Civil Veterinary Department Bihar reports 1940-50 - 1940-1950
Year: 1940
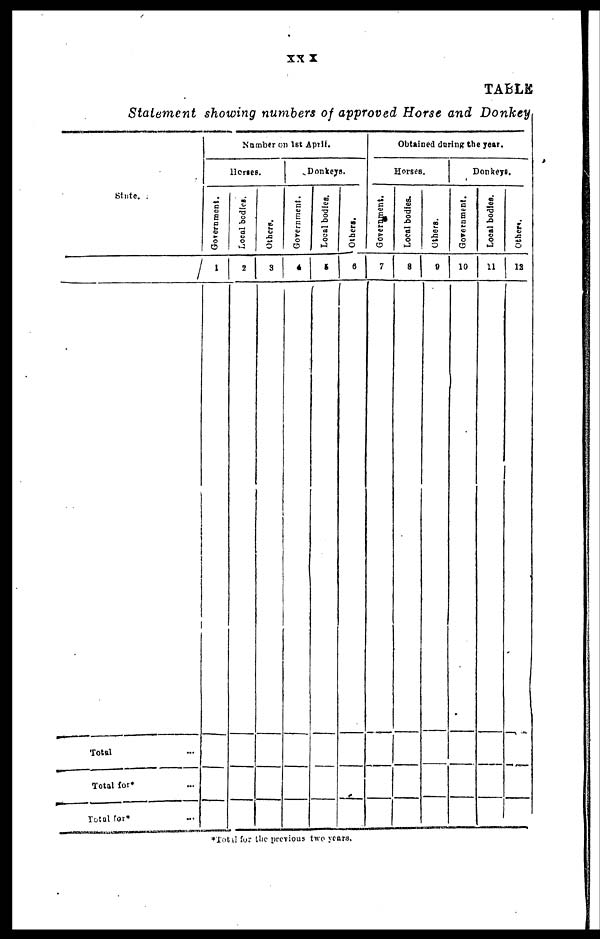
XX X
TABLE
Statement showing numbers of approved Horse and Donkey
State.
Total ...
Total for*
Total for* ...
Number on 1st April.
Horses.
Goverument.
1
Local bodies.
2
Others.
3
Donkeys,
Government.
4
Local bodies.
5
Others.
6
Obtained during the year.
Horses.
Government.
7
Local bodies.
8
Others.
9
Donkeys.
Government.
10
Local bodies.
11
Others.
12
*Total for the previous two years.